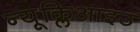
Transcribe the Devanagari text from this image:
न्यूक्लिआइउ